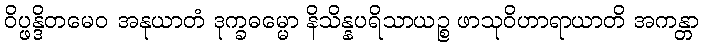
ဝိပ္ဖန္ဒိတမေဝ အနုယာတံ ဒုက္ခဓမ္မော နိသိန္နပရိသာယဉ္စ ဖာသုဝိဟာရာယာတိ အကန္တာ